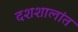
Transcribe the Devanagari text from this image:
दशशालांत